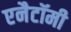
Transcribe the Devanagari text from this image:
एनैटॉमी